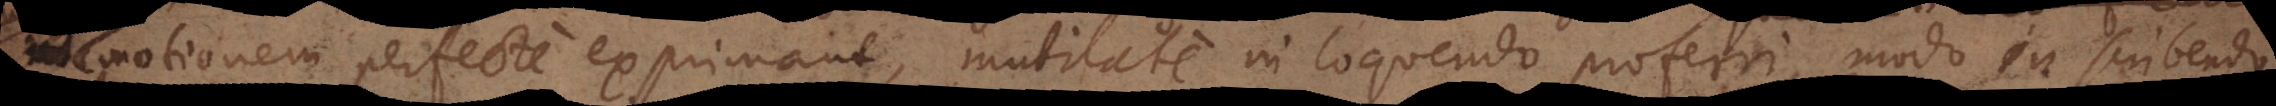
motionem perfecte exprimant, mutilate in loquendo proferri, modo in scribendo